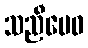
သညီမေဝ